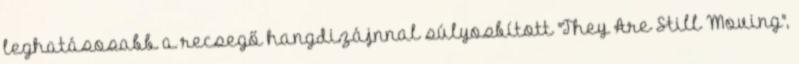
leghatásosabb a recsegő hangdizájnnal súlyosbított "They Are Still Moving",